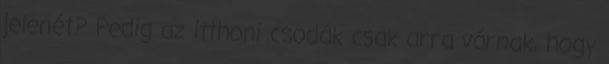
jelenét? Pedig az itthoni csodák csak arra várnak, hogy